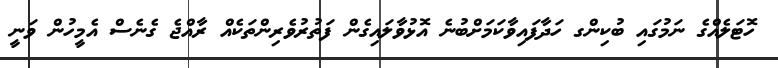
ހޮޓަލެއްގެ ނަމުގައި ބުކިންގ ހަދާފައިވާކަމަށްބުނެ އޮޅުވާލައިގެން ފަތުރުވެރިންތަކެއް ރާއްޖެ ގެނެސް އެމީހުން ވަނީ